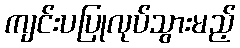
ကျင်းပပြုလုပ်သွားမည့်